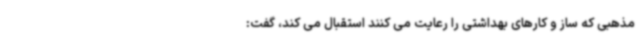
مذهبی که ساز و کارهای بهداشتی را رعایت می کنند استقبال می کند، گفت: